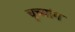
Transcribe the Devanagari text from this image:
चूच्यांग